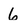
Character: 6